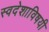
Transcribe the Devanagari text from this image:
स्वदेशाविषयी